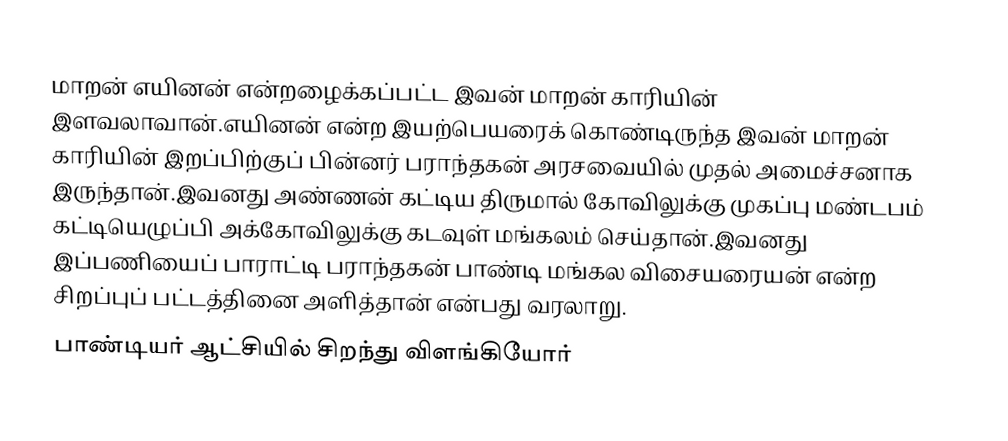
மாறன் எயினன் என்றழைக்கப்பட்ட இவன் மாறன் காரியின் இளவலாவான்.எயினன் என்ற இயற்பெயரைக் கொண்டிருந்த இவன் மாறன் காரியின் இறப்பிற்குப் பின்னர் பராந்தகன் அரசவையில் முதல் அமைச்சனாக இருந்தான்.இவனது அண்ணன் கட்டிய திருமால் கோவிலுக்கு முகப்பு மண்டபம் கட்டியெழுப்பி அக்கோவிலுக்கு கடவுள் மங்கலம் செய்தான்.இவனது இப்பணியைப் பாராட்டி பராந்தகன் பாண்டி மங்கல விசையரையன் என்ற சிறப்புப் பட்டத்தினை அளித்தான் என்பது வரலாறு.
பாண்டியர் ஆட்சியில் சிறந்து விளங்கியோர்